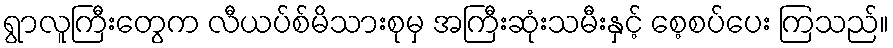
ရွာလူကြီးတွေက လီယပ်စ်မိသားစုမှ အကြီးဆုံးသမီးနှင့် စေ့စပ်ပေး ကြသည်။